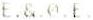
E.&.0.E.